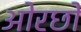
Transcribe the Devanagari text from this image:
ओरछो